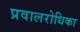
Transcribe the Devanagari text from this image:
प्रवालरोधिका